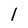
Character: 1